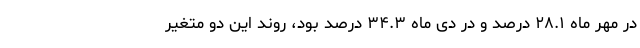
در مهر ماه ۲۸.۱ درصد و در دی ماه ۳۴.۳ درصد بود، روند این دو متغیر